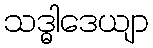
သဒ္ဓါဒေယျာ